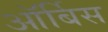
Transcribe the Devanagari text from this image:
ऑर्बिस